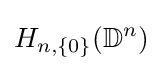
H_{n,\{0\}}(\mathbb {D} ^{n})